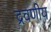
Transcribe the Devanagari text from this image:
द्रवणीय